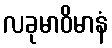
လခုမာဝိမာနံ